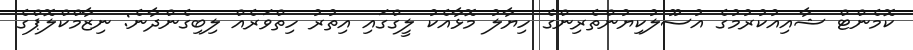
ކޮމެންޓް ޝާއިއުކުރުމުގެ އުސޫލުކިޔުންތެރިންގެ ހިޔާލު މޮޅާއެކު ލީގްގައި އިތުރު ހިތްވަރެއް ލިބިގެންދާނެ: ނިޒާމްކްލޮޕްގެ